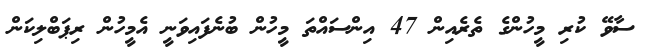
ސާވޭ ކުރި މީހުންގެ ތެރެއިން 47 އިންސައްތަ މީހުން ބުނެފައިވަނީ އެމީހުން ރިޕަބްލިކަން